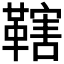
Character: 𱁼